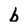
Character: b